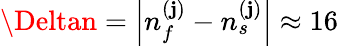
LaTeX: \Deltan=\left|{n_{f}^{(\mathbf{j})}-n_{s}^{(\mathbf{j})}}\right|\approx16